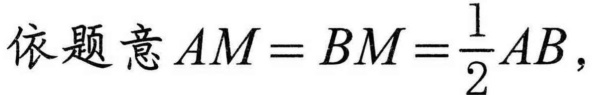
依题意\(AM = BM=\frac{1}{2}AB\)，